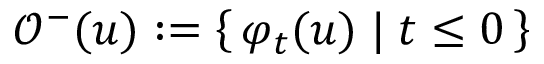
\mathcal { O } ^ { - } ( u ) : = \left\{ \, \varphi _ { t } ( u ) \; \vert \; t \leq 0 \, \right\}